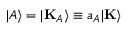
| A \rangle = | \mathbf { K } _ { A } \rangle \equiv a _ { A } | \mathbf { K } \rangle